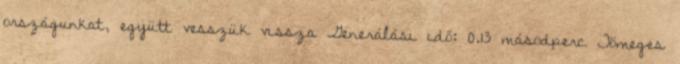
országunkat, együtt vesszük vissza Generálási idő: 0.13 másodperc Tömeges